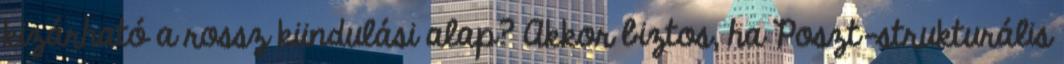
kizárható a rossz kiindulási alap? Akkor biztos, ha Poszt-strukturális